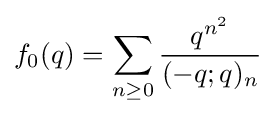
f_{0}(q)=\sum _{n\geq 0}{\frac {q^{n^{2}}}{(-q;q)_{n}}}